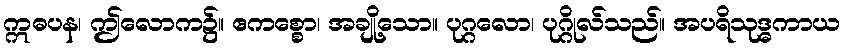
ဣဓပန၊ ဤလောက၌။ ဧကစ္စော၊ အချို့သော။ ပုဂ္ဂလော၊ ပုဂ္ဂိုလ်သည်။ အပရိသုဒ္ဓကာယ